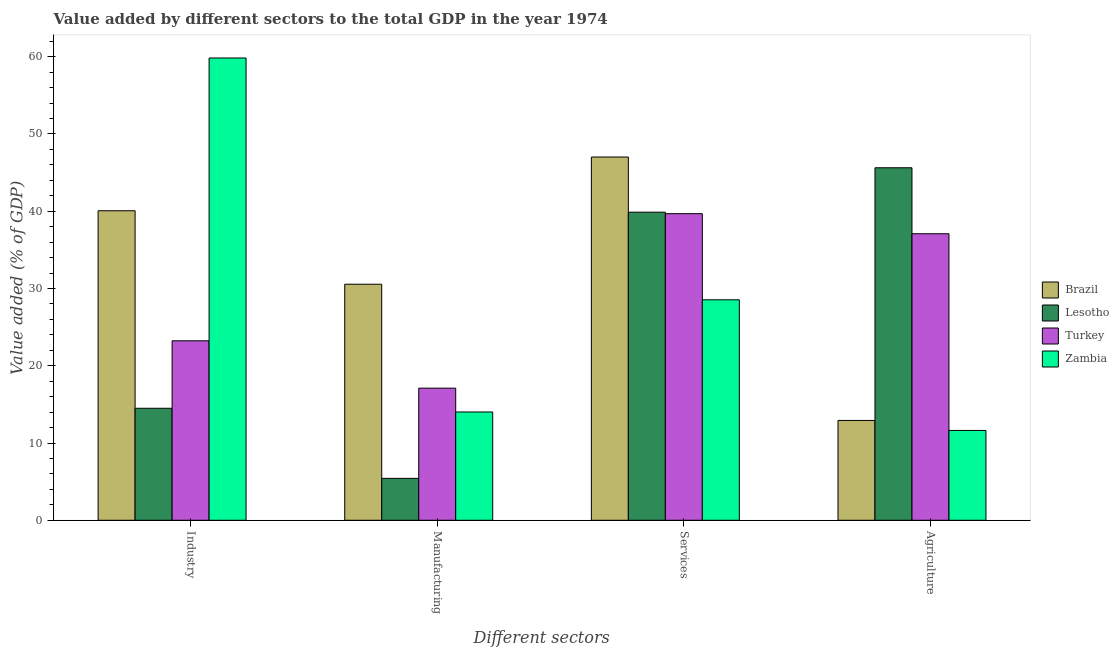
| Different sectors | Brazil | Lesotho | Turkey | Zambia |
 | --- | --- | --- | --- | --- |
 | Industry | 40.1 | 14.5 | 23.2 | 59.8 |
 | Manufacturing | 30.6 | 5.42 | 17.1 | 14 |
 | Services | 47 | 39.9 | 39.7 | 28.5 |
 | Agriculture | 12.9 | 45.6 | 37.1 | 11.6 |